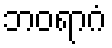
ဘဝရာဂံ